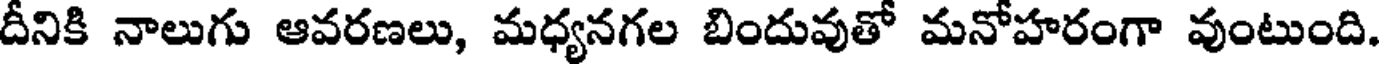
దీనికి నాలుగు ఆవరణలు, మధ్యనగల బిందువుతో మనోహరంగా వుంటుంది.